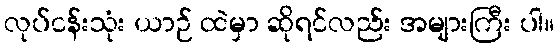
လုပ်ငန်းသုံး ယာဉ် ထဲမှာ ဆိုရင်လည်း အများကြီး ပါ။